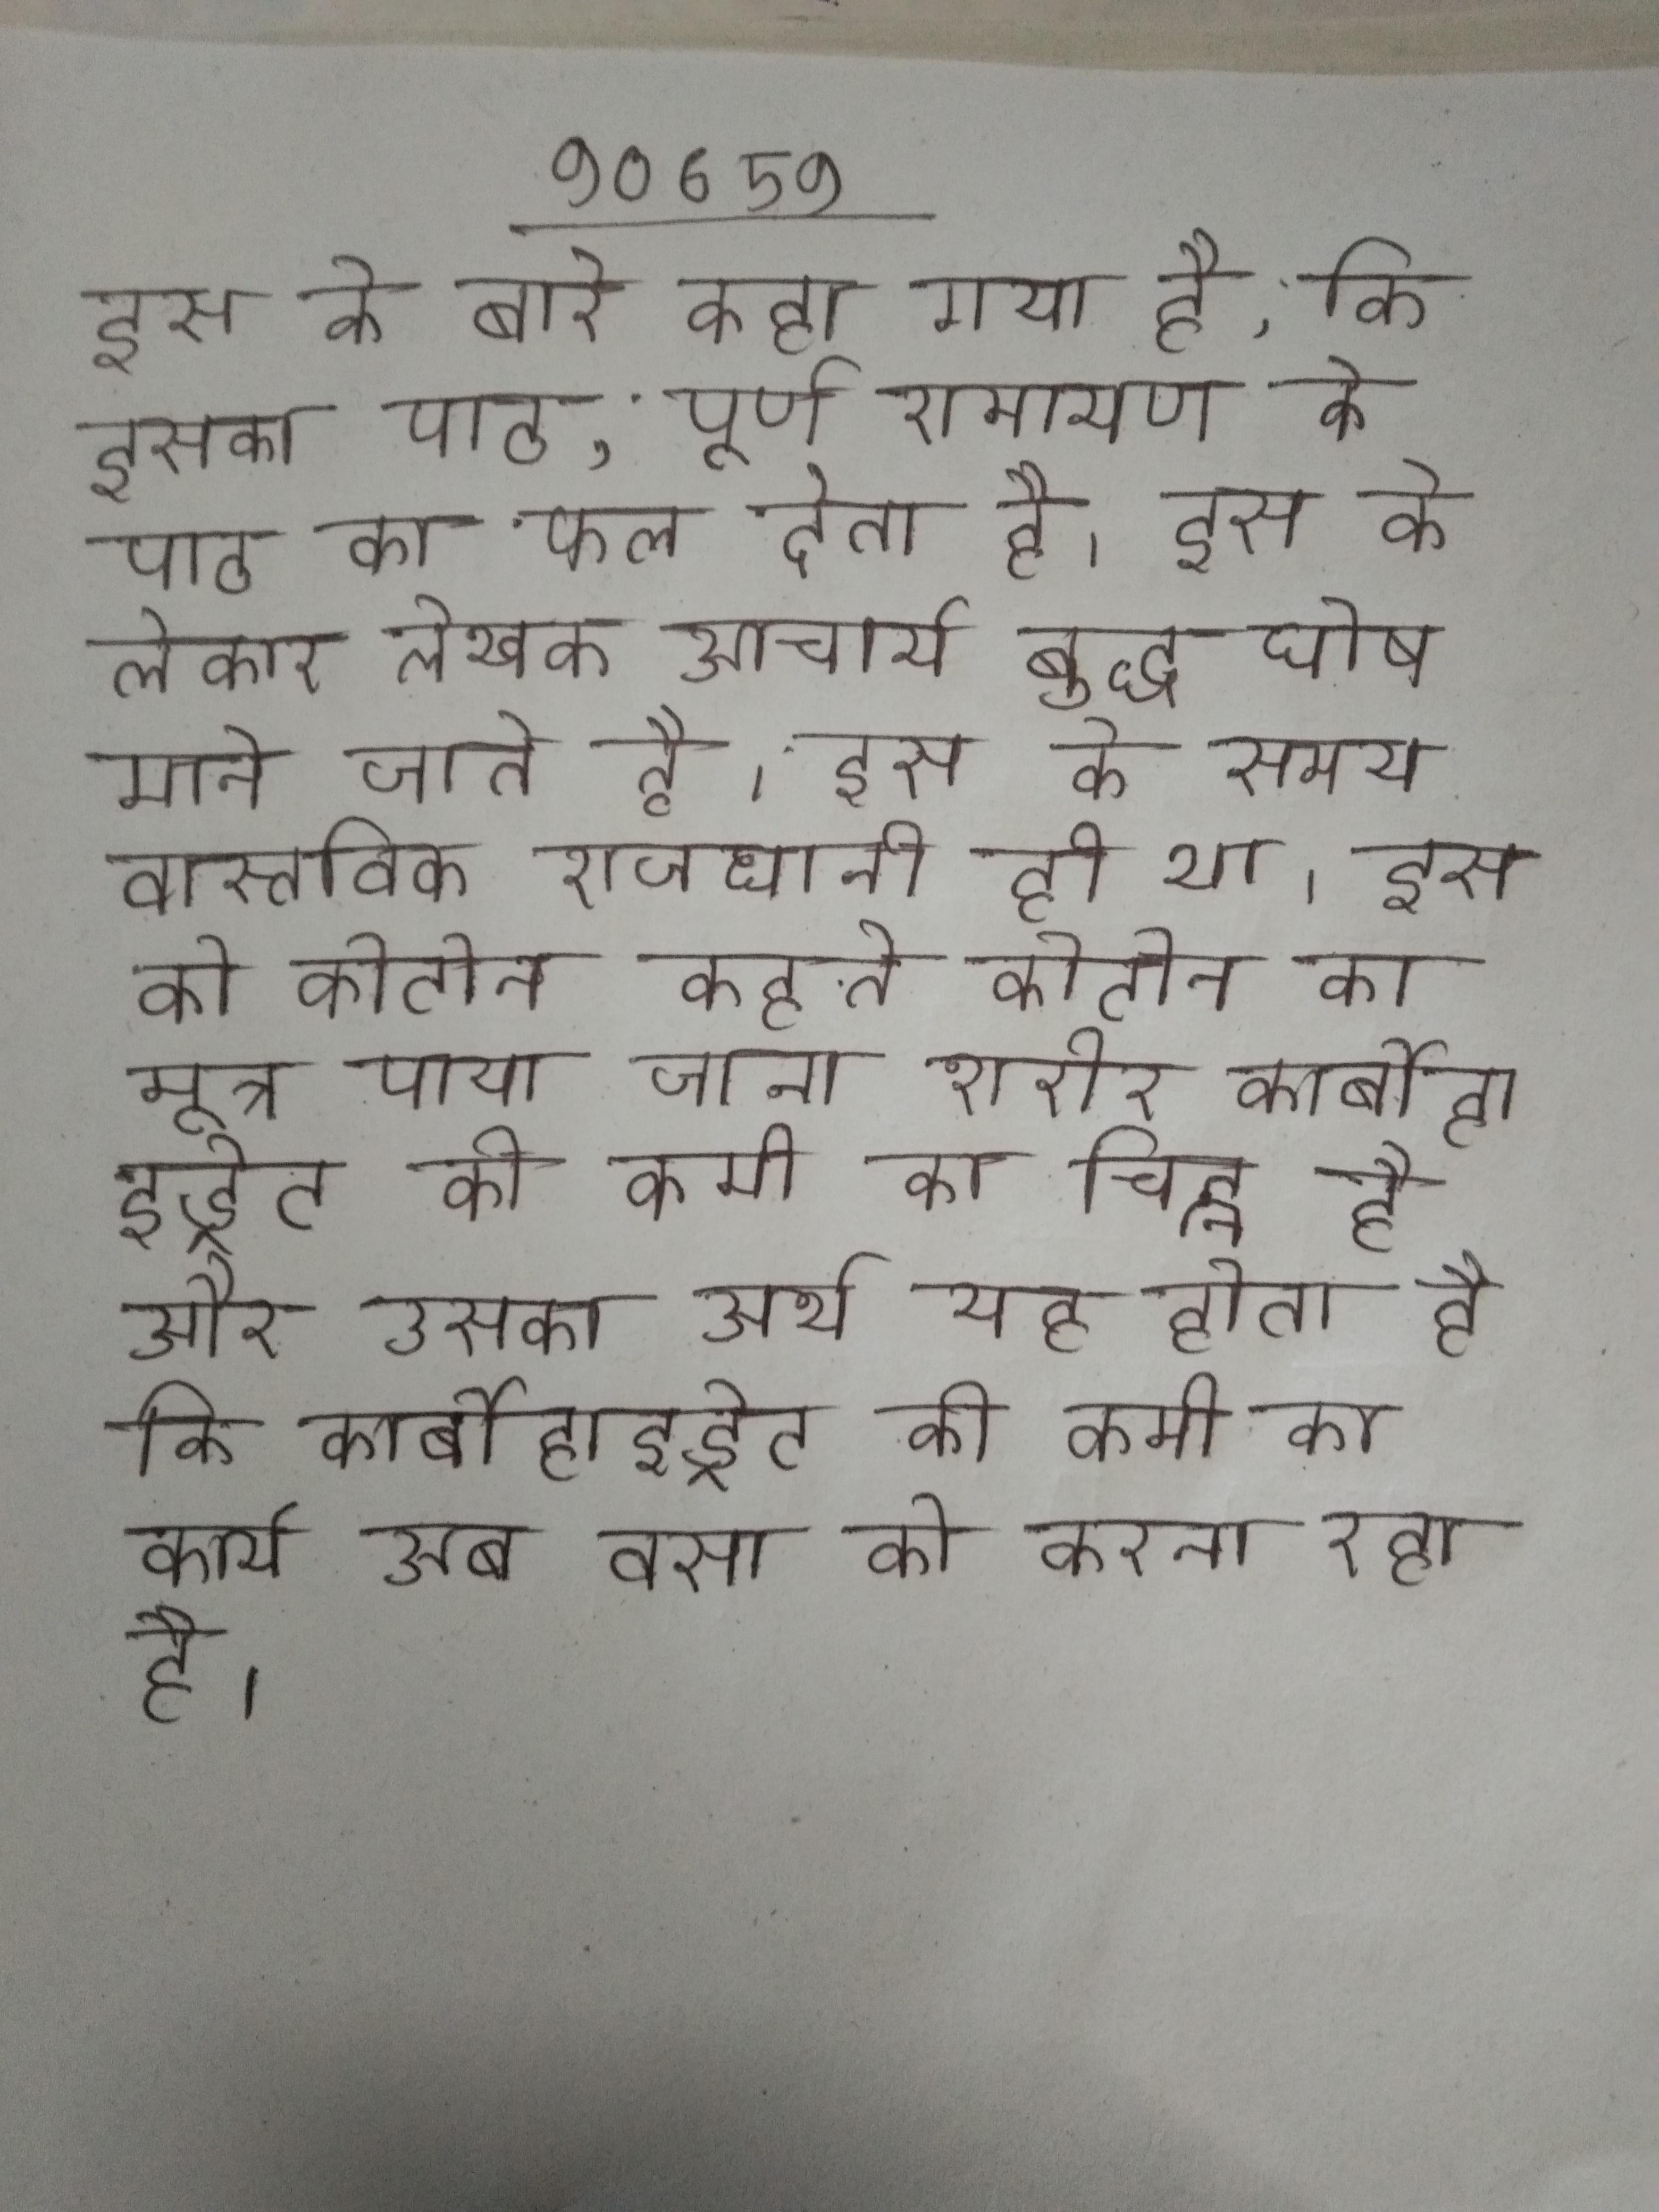
इस के बारे कहा गया है, कि इसका पाठ, पूर्ण रामायण के पाठ का फल देता है । इस के लेखक आचार्य बुद्ध घोष माने जाते है । इस के समय वास्तविक राजधानी ही था । इस को कीटोन कहते कीटोन का मूत्र पाया जाना शरीर कार्बोहाइड्रेट की कमी का चिह्न है और उसका अर्थ यह होता है कि कार्बोहाइड्रेट का कार्य अब वसा को करना रहा है ।